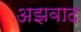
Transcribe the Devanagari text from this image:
अझवाद